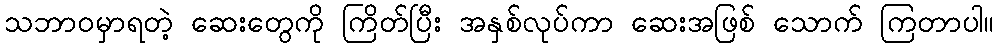
သဘာဝမှာရတဲ့ ဆေးတွေကို ကြိတ်ပြီး အနှစ်လုပ်ကာ ဆေးအဖြစ် သောက် ကြတာပါ။